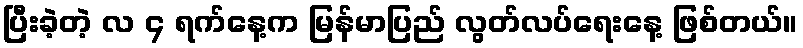
ပြီးခဲ့တဲ့ လ ၄ ရက်နေ့က မြန်မာပြည် လွတ်လပ်ရေးနေ့ ဖြစ်တယ်။